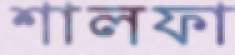
শালফা